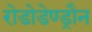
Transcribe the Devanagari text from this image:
रोडोडेण्ड्रौन